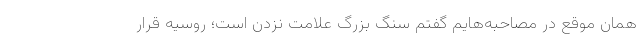
همان موقع در مصاحبه‌هایم گفتم سنگ بزرگ علامت نزدن است؛ روسیه قرار